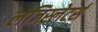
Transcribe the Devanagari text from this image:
लेजिस्लेटर्स